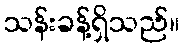
သန်းခန့်ရှိသည်။